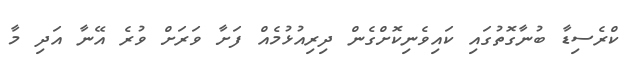
ކްރެސިޑާ ބުނާގޮތުގައި ކައިވެނިކޮށްގެން ދިރިއުޅުމެއް ފަށާ ވަރަށް ވުރެ އޭނާ އަދި މާ